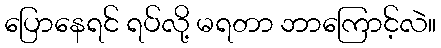
ပြောနေရင် ရပ်လို့ မရတာ ဘာကြောင့်လဲ။